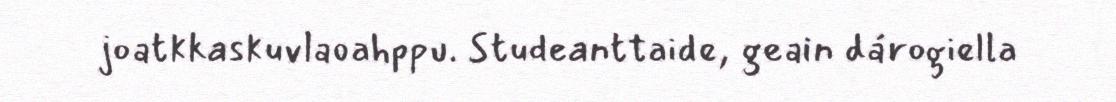
joatkkaskuvlaoahppu. Studeanttaide, geain dárogiella